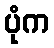
ပုံက